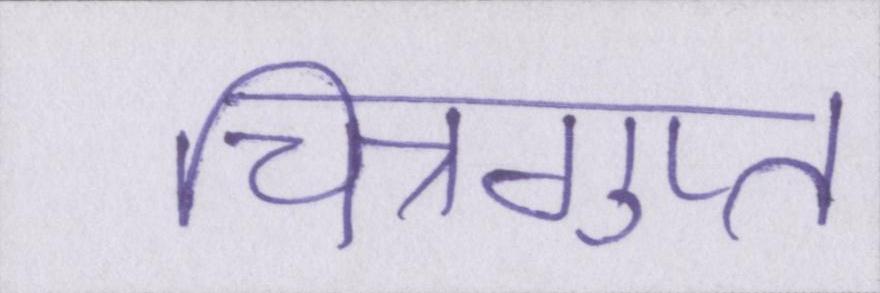
चित्रगुप्त